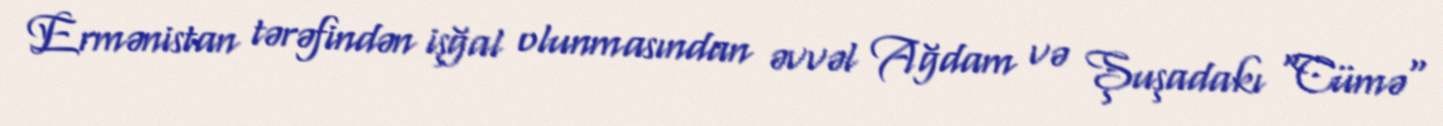
Ermənistan tərəfindən işğal olunmasından əvvəl Ağdam və Şuşadakı "Cümə"